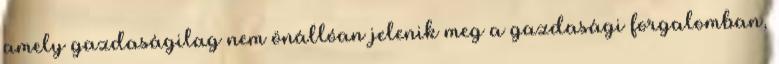
amely gazdaságilag nem önállóan jelenik meg a gazdasági forgalomban,